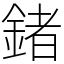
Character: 鍺